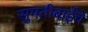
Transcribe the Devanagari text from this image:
सुमतीबाईंचे